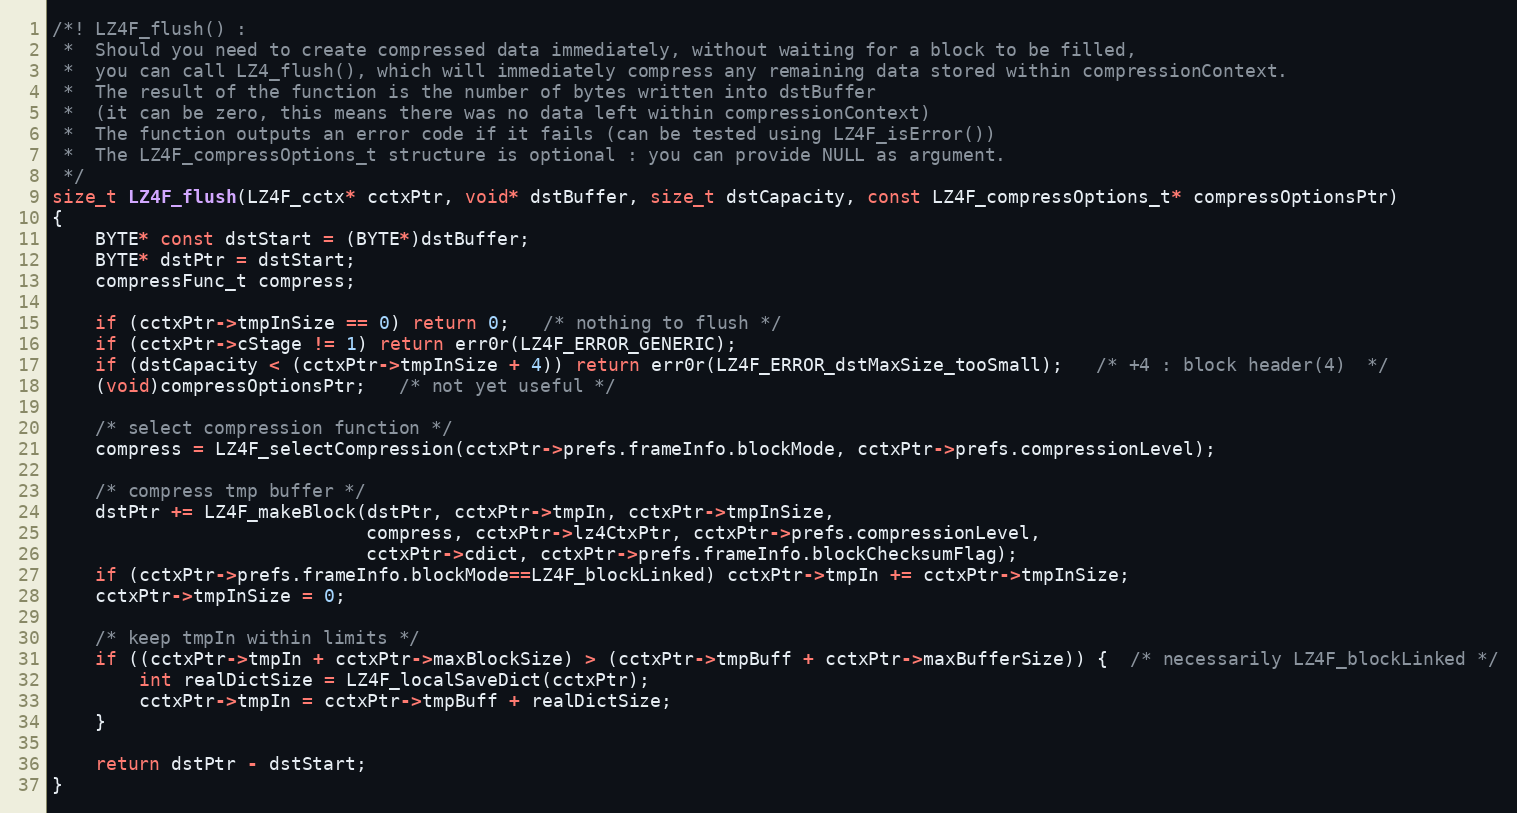
Language: C
/*! LZ4F_flush() :
 *  Should you need to create compressed data immediately, without waiting for a block to be filled,
 *  you can call LZ4_flush(), which will immediately compress any remaining data stored within compressionContext.
 *  The result of the function is the number of bytes written into dstBuffer
 *  (it can be zero, this means there was no data left within compressionContext)
 *  The function outputs an error code if it fails (can be tested using LZ4F_isError())
 *  The LZ4F_compressOptions_t structure is optional : you can provide NULL as argument.
 */
size_t LZ4F_flush(LZ4F_cctx* cctxPtr, void* dstBuffer, size_t dstCapacity, const LZ4F_compressOptions_t* compressOptionsPtr)
{
    BYTE* const dstStart = (BYTE*)dstBuffer;
    BYTE* dstPtr = dstStart;
    compressFunc_t compress;

    if (cctxPtr->tmpInSize == 0) return 0;   /* nothing to flush */
    if (cctxPtr->cStage != 1) return err0r(LZ4F_ERROR_GENERIC);
    if (dstCapacity < (cctxPtr->tmpInSize + 4)) return err0r(LZ4F_ERROR_dstMaxSize_tooSmall);   /* +4 : block header(4)  */
    (void)compressOptionsPtr;   /* not yet useful */

    /* select compression function */
    compress = LZ4F_selectCompression(cctxPtr->prefs.frameInfo.blockMode, cctxPtr->prefs.compressionLevel);

    /* compress tmp buffer */
    dstPtr += LZ4F_makeBlock(dstPtr, cctxPtr->tmpIn, cctxPtr->tmpInSize,
                             compress, cctxPtr->lz4CtxPtr, cctxPtr->prefs.compressionLevel,
                             cctxPtr->cdict, cctxPtr->prefs.frameInfo.blockChecksumFlag);
    if (cctxPtr->prefs.frameInfo.blockMode==LZ4F_blockLinked) cctxPtr->tmpIn += cctxPtr->tmpInSize;
    cctxPtr->tmpInSize = 0;

    /* keep tmpIn within limits */
    if ((cctxPtr->tmpIn + cctxPtr->maxBlockSize) > (cctxPtr->tmpBuff + cctxPtr->maxBufferSize)) {  /* necessarily LZ4F_blockLinked */
        int realDictSize = LZ4F_localSaveDict(cctxPtr);
        cctxPtr->tmpIn = cctxPtr->tmpBuff + realDictSize;
    }

    return dstPtr - dstStart;
}